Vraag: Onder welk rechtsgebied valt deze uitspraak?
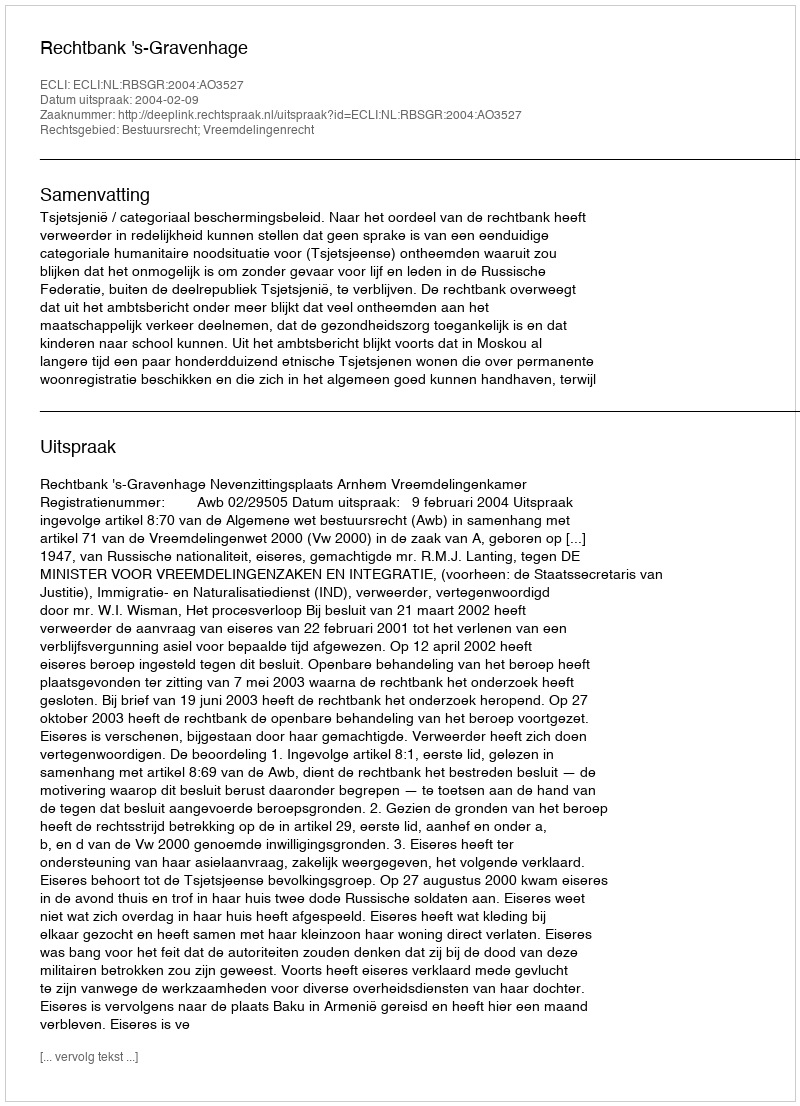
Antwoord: Bestuursrecht; Vreemdelingenrecht